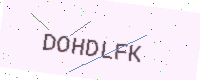
Text: DOHDLFK